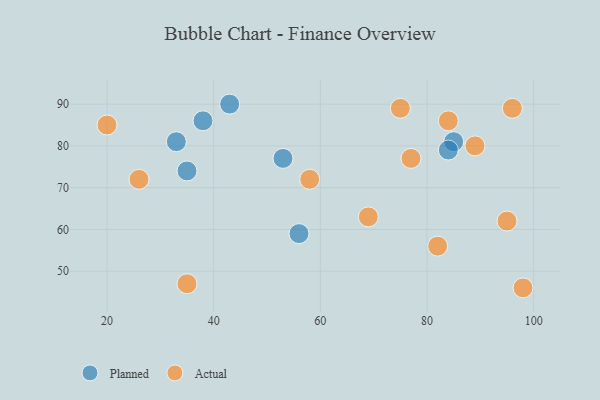
{"axis": {"x": "GDP", "y": "Life Expectancy"}, "legend": ["Actual", "Planned"], "data": [{"x": "35", "y": 74, "type": "Planned"}, {"x": "53", "y": 77, "type": "Planned"}, {"x": "56", "y": 59, "type": "Planned"}, {"x": "38", "y": 86, "type": "Planned"}, {"x": "43", "y": 90, "type": "Planned"}, {"x": "33", "y": 81, "type": "Planned"}, {"x": "85", "y": 81, "type": "Planned"}, {"x": "84", "y": 79, "type": "Planned"}, {"x": "26", "y": 72, "type": "Actual"}, {"x": "77", "y": 77, "type": "Actual"}, {"x": "69", "y": 63, "type": "Actual"}, {"x": "98", "y": 46, "type": "Actual"}, {"x": "95", "y": 62, "type": "Actual"}, {"x": "84", "y": 86, "type": "Actual"}, {"x": "20", "y": 85, "type": "Actual"}, {"x": "89", "y": 80, "type": "Actual"}, {"x": "75", "y": 89, "type": "Actual"}, {"x": "82", "y": 56, "type": "Actual"}, {"x": "35", "y": 47, "type": "Actual"}, {"x": "96", "y": 89, "type": "Actual"}, {"x": "58", "y": 72, "type": "Actual"}]}